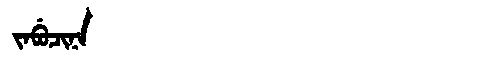
Manchu: ᠵᠠᠪᡠᠴᡳᠨᠠ
Romanization: JABUCINA